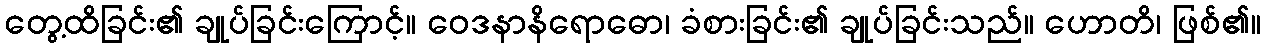
တွေ့ထိခြင်း၏ ချုပ်ခြင်းကြောင့်။ ဝေဒနာနိရောဓော၊ ခံစားခြင်း၏ ချုပ်ခြင်းသည်။ ဟောတိ၊ ဖြစ်၏။